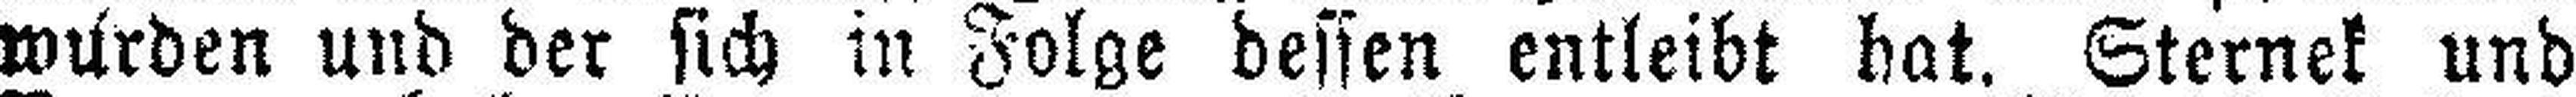
wurden und der sich in Folge dessen entleibt hat. Sternek und